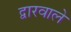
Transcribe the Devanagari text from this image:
द्वारवाले